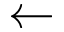
\leftarrow